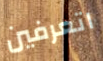
اتعرفين